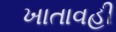
ખાતાવહી